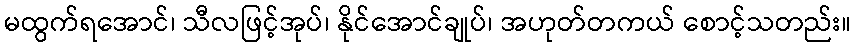
မထွက်ရအောင်၊ သီလဖြင့်အုပ်၊ နိုင်အောင်ချုပ်၊ အဟုတ်တကယ် စောင့်သတည်း။